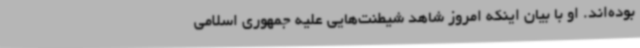
بوده‌اند. او با بیان اینکه امروز شاهد شیطنت‌هایی علیه جمهوری اسلامی